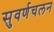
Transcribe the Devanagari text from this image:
सुवर्णचलन